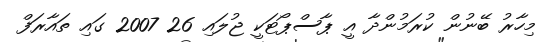
މިހާރު ބޭނުން ކުރަމުންދާ އީ ޕާސްޕޯޓަކީ ޖުލައި 26 2007 ގައި ތައާރަފް